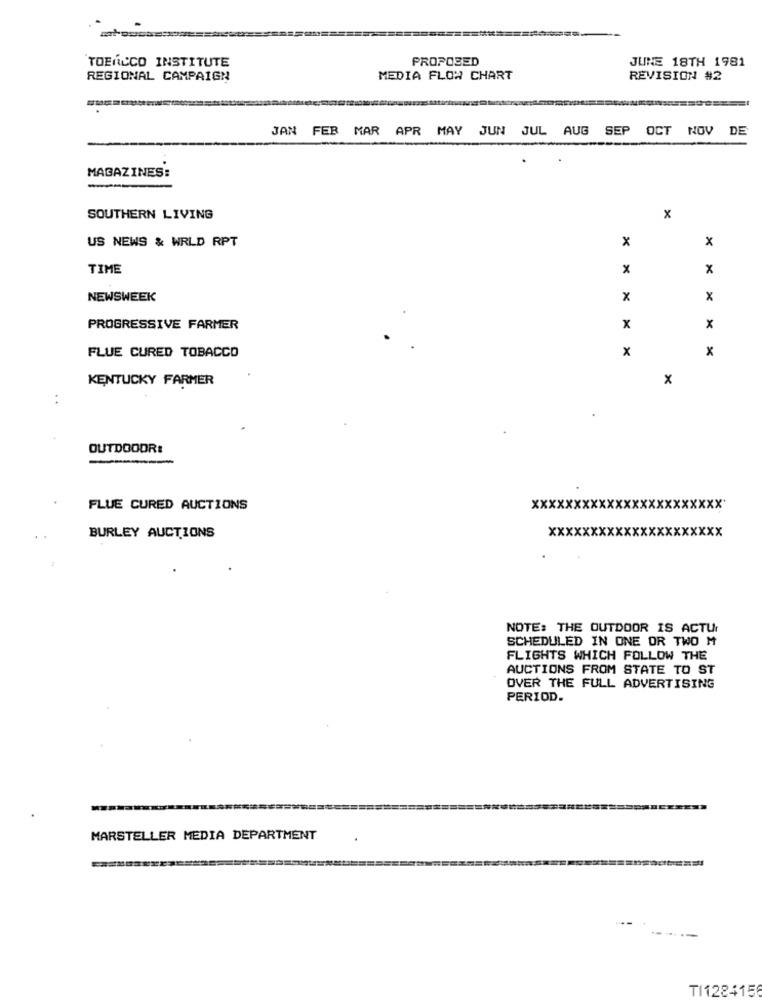
TOBACCO INSTITUTE
PROPOSED
JUNE 18TH 1981
REGIONAL CAMPAIGN
MEDIA FLOW CHART
REVISION #2
JAN FER MAR APR MAY JUN JUL AUG SEP OCT NOV DE
MAGAZINES:
SOUTHERN LIVING
x
US NEWS & WRLD RPT
x
x
TIME
x
NEWSWEEK
x
x
PROGRESSIVE FARMER
x
x
X
x
FLUE CURED TOBACCO
KENTUCKY FARMER
x
..
OUTDOOOR:
-
FLUE CURED AUCTIONS
xx
xx·
xxxx
BURLEY AUCTIONS
NOTE: THE OUTDOOR IS ACTU
SCHEDULED IN ONE OR TWO M
FLIGHTS WHICH FOLLOW THE
AUCTIONS FROM STATE TO ST
OVER THE FULL ADVERTISING
PERIOD.
MARSTELLER MEDIA DEPARTMENT
TI1284156